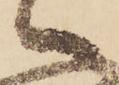
へ